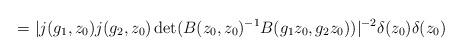
LaTeX: \begin{align*}=|j(g_1,z_0)j(g_2,z_0)\det(B(z_0,z_0)^{-1}B(g_1z_0,g_2z_0))|^{-2}\delta(z_0)\delta(z_0)\end{align*}